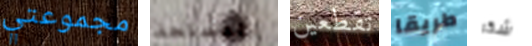
مجموعتي المسلحة تقطعين طريقا شكر